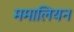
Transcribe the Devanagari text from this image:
ममालियन